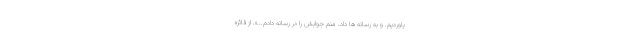
یاوردیم. و به رسانه ها داد. منم جوابش را در رسانه دادم...». از فائزه